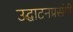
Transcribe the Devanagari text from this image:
उद्घाटनप्रसंगी